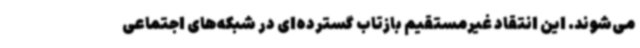
می‌شوند. این انتقاد غیرمستقیم بازتاب گسترده‌ای در شبکه‌های اجتماعی